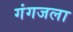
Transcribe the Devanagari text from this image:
गंगजला